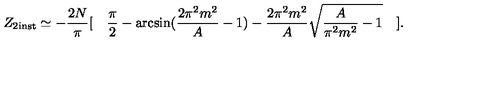
Z _ { 2 \mathrm { i n s t } } \simeq - \frac { 2 N } { \pi } [ \quad \frac { \pi } { 2 } - \arcsin ( \frac { 2 \pi ^ { 2 } m ^ { 2 } } { A } - 1 ) - \frac { 2 \pi ^ { 2 } m ^ { 2 } } { A } \sqrt { \frac { A } { \pi ^ { 2 } m ^ { 2 } } - 1 } \quad ] .